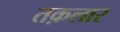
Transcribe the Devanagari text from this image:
तक़लार